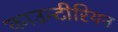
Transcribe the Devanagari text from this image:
काउन्टीरियन